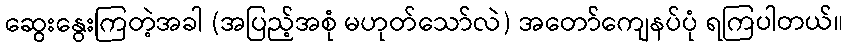
ဆွေးနွေးကြတဲ့အခါ (အပြည့်အစုံ မဟုတ်သော်လဲ) အတော်ကျေနပ်ပုံ ရကြပါတယ်။